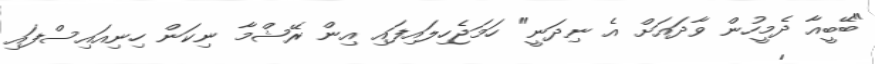
"ބޭބީއާ ދެމީހުން ވާދައަށް އެ ނިދަނީ" ހަމަޖެހިލައިފައި އިން ރޭޝްމާ ނިކަން ހިނިއައިސްފައި